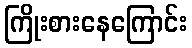
ကြိုးစားနေကြောင်း